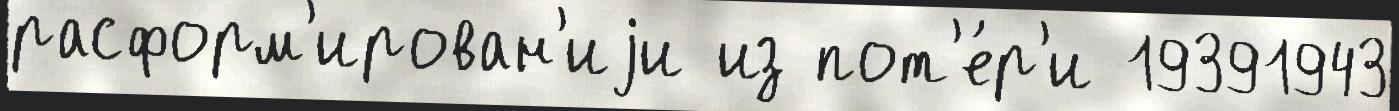
расформ'ирован'иjи из пот'е́р'и 19391943